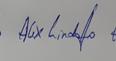
Signature authenticity: genuine